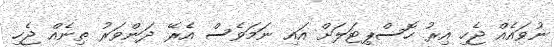
ނުވައެއް ޖެހި އިރު ހޮސްޕިޓަލަށް އައި ނަމަވެސް އެރޭ ދަންވަރު ތިނެއް ޖެހި